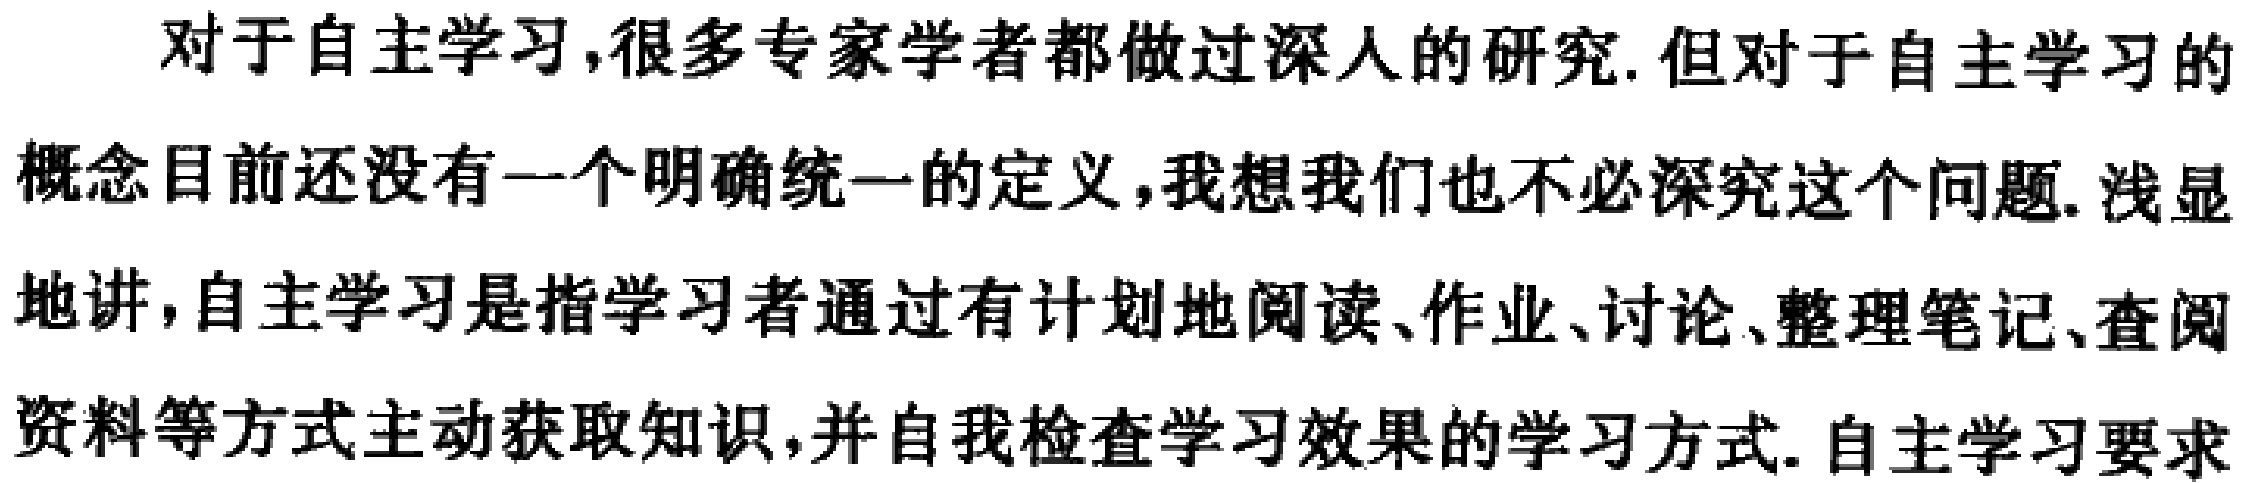
对于自主学习,很多专家学者都做过深入的研究. 但对于自主学习的概念目前还没有一个明确统一的定义,我想我们也不必深究这个问题. 浅显地讲,自主学习是指学习者通过有计划地阅读、作业、讨论、整理笔记、查阅资料等方式主动获取知识,并自我检查学习效果的学习方式. 自主学习要求